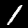
Digit: 1